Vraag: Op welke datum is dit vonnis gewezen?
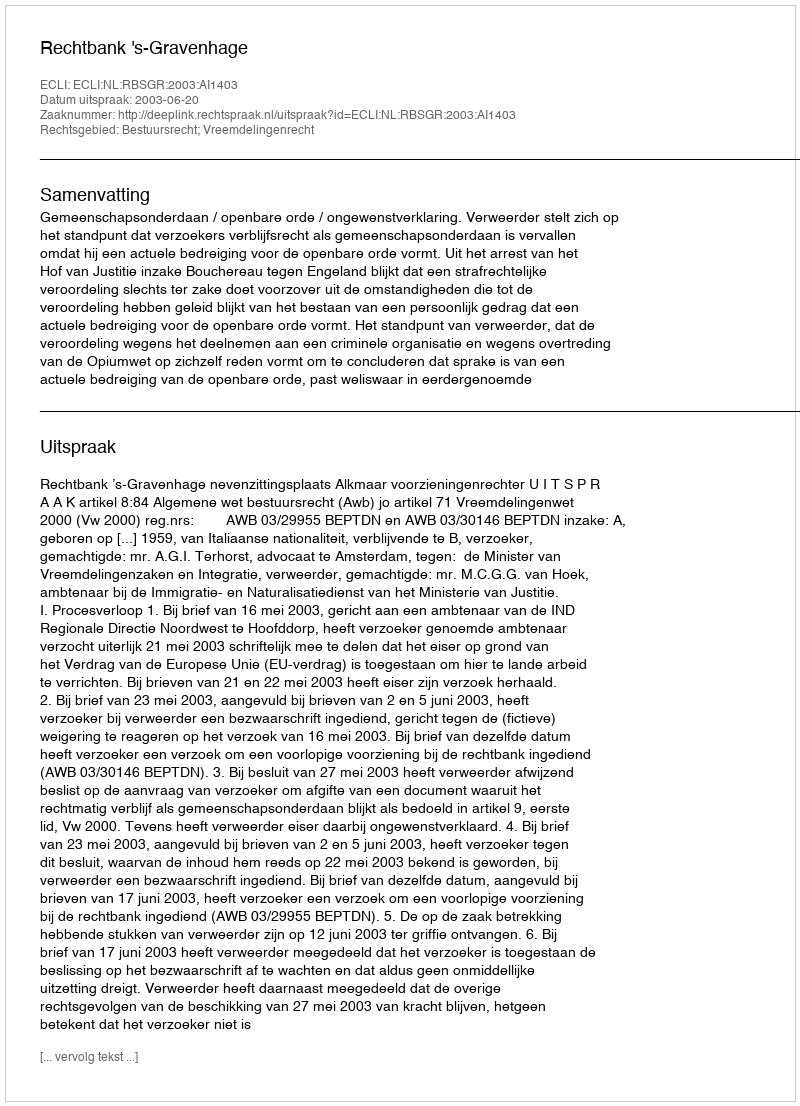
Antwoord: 2003-06-20